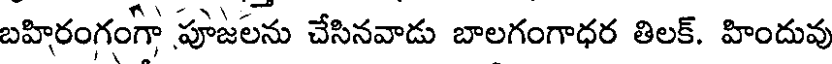
బహిరంగంగా పూజలను చేసినవాడు బాలగంగాధర తిలక్. హిందువు